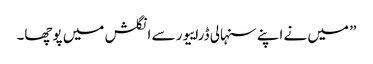
” میں نے اپنے سنہالی ڈراییور سے انگلش میں پوچھا۔